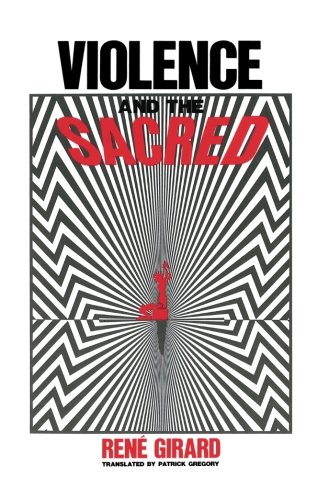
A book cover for Violence and the Sacred; RenÃ© Girard; Politics & Social Sciences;